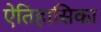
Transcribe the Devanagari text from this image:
ऐतिहासिका